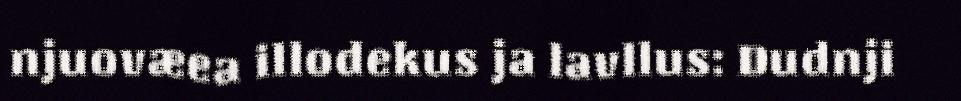
njuovæea illodekus ja lavllus: Dudnji